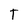
Character: T